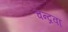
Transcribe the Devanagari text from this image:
चन्द्रवा